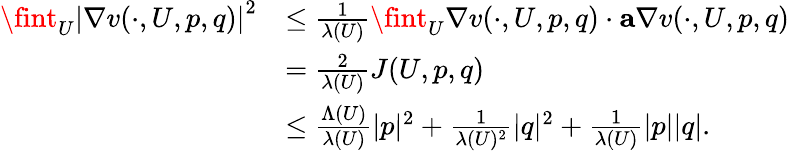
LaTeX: \begin{array}{rl}{\fint_{U}\left|\nabla v(\cdot,U,p,q)\right|^{2}}&{\leq\frac{1}{\lambda(U)}\fint_{U}\nabla v(\cdot,U,p,q)\cdot\mathbf{a}\nabla v(\cdot,U,p,q)}\\ &{=\frac{2}{\lambda(U)}J(U,p,q)}\\ &{\leq\frac{\Lambda(U)}{\lambda(U)}|p|^{2}+\frac{1}{\lambda(U)^{2}}|q|^{2}+\frac{1}{\lambda(U)}|p||q|.}\end{array}